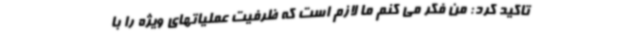
تاکید کرد: من فکر می کنم ما لازم است که ظرفیت عملیاتهای ویژه را با